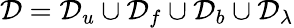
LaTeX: \mathcal{D}=\mathcal{D}_{u}\cup\mathcal{D}_{f}\cup\mathcal{D}_{b}\cup\mathcal{D}_{\lambda}